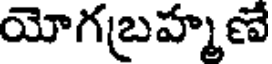
యోగబ్రహ్మణే